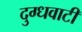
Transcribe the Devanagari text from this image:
दुग्धवाटी